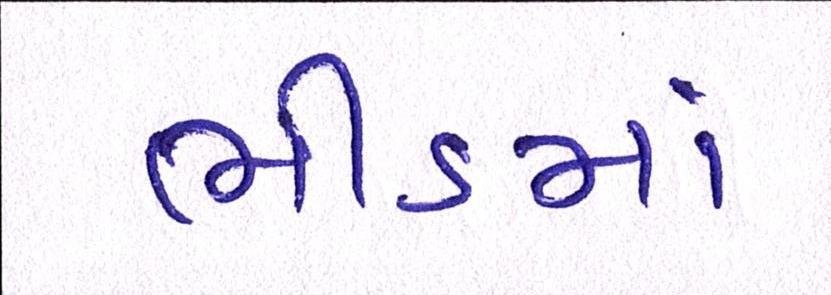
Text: ભીડમાં